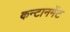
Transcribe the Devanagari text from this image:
कन्टानमेंट